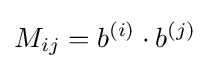
M_{ij}=b^{(i)}\cdot b^{(j)}